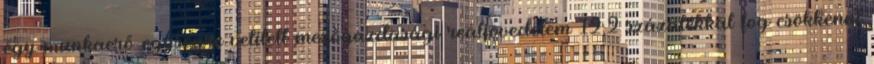
egy munkaerő-egységre vetített mezőgazdasági reáljövedelem 12,2 százalékkal fog csökkenni